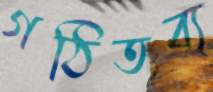
গঠিতব্য